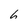
Character: 6